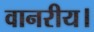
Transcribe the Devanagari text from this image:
वानरीय।